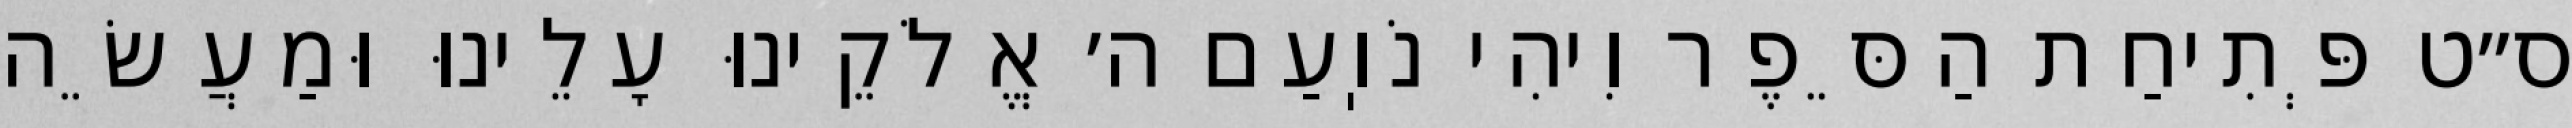
ס״ט פְּתִיחַת הַסֵּפֶר וִיהִי נֹוֽעַם ה׳ אֱלֹקֵינוּ עָלֵינוּ וּמַעֲשֵׂה